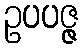
ဥပပဇ္ဇ